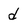
Character: d